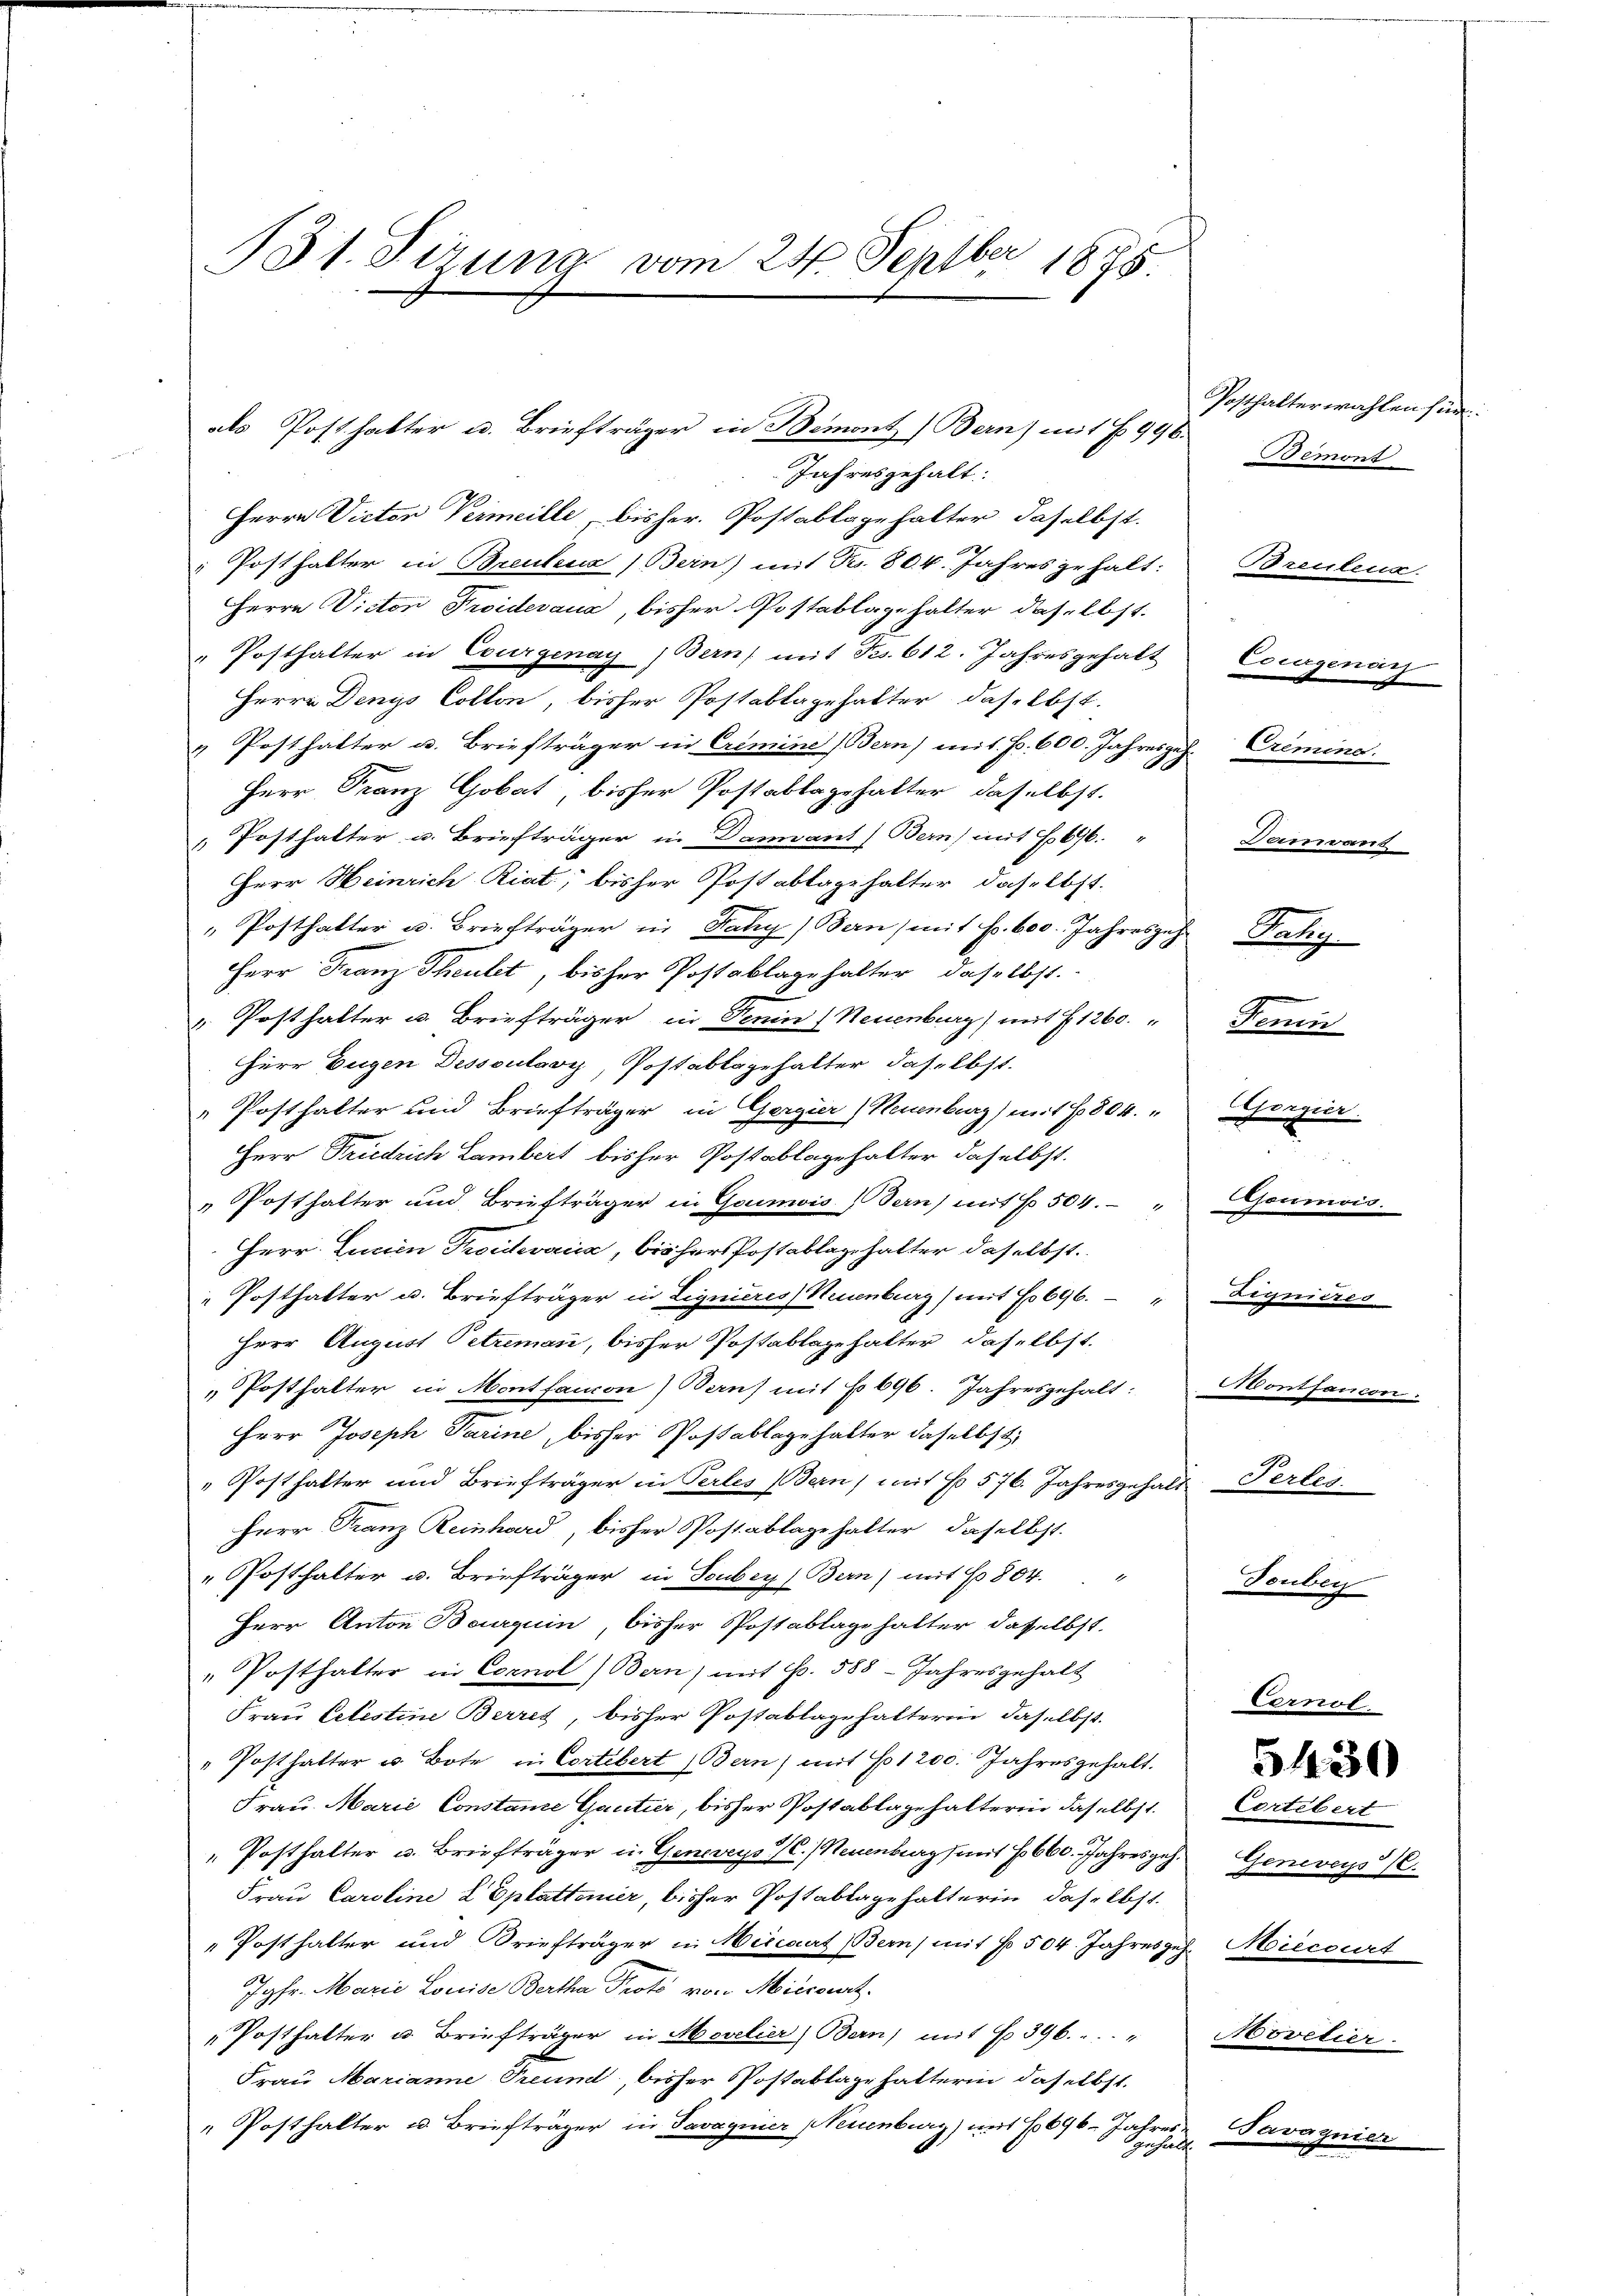
131. Jirung vom 24. Septber 1875

als Posthalter u. Briefträger in Bemont, Bern) mit § 996.
Jahresgehalt.
Herrn Victor Vermeille, bisher. Postablagehalter daselbst.
Posthalter in Brentenz Bern) mit Br. 804. Jahres gehalt: Brenteur.
Herrn Victor Proideraus, bisher Postablage halter daselbst.
„Posthalter in Courgenay, Bern mit Fr. 612. Jahresgehalt Courgenarz
Herrn Denys Collon, bisher Postablagehalter daselbst.
„ Posthalter u. Briefträger in Crimine Bern) mit Fr. 600. Jahresgeh. Crimina
Herr Franz Gobat, bisher Postablagehalter daselbst.
Posthalter u. Briefträger in Dannant Bern) mit H. 696. " Damvant
Herr Heinrich Riat, bisher Postablagehalter daselbst.
" Posthalter u. Briefträger in Dany (Bern, mit Fr. 600. Jahreszer Kalig
Herr Franz Theutet, bisher Postablagehalter, daselbst.
" Posthalter u. Briefträger in Tenin (Neuenburg) mit § 1260. Fenin
Herr Eugen Dessoulavy, Postablagehalter daselbst.
„Posthalter und Briefträger in Gerger) Neuenburg) mit 1804. " Gorgier
Herr Striedrich Lambert bisher Postablagehalter daselbst.
„ Posthalter und Briefträger in Goumis (Bern) mit § 504. " Goumois.
Herr Lunin Troidevoica, bisher Postablagehalter daselbst.
Posthalter u. Briefträger in Lignieres Neuenburg) mit No 696. " Dignieres
Herr August Petrimann, bisher Postablage halter daselbst.
„Posthalter in Montfancon) Bern mit No 696. Jahresgehalt: Montancon.
Herr Joseph Parine, bisher Postablage halter daselbst
„Posthalter und Briefträger in Perles Bern, mit No 576. Jahresgehalt
Herr Franz Reinhard, bisher Postablage halter daselbst.
„Posthalter u. Briefträger in Stuber (Bern) mit No 804. "
Herr Anton Banquin, bisher Postablage halter dasselbst.
" Posthalter in Cornol) Bern) mit Fr. 588 - Jahresgehalt
Frau Celestine Berret, bisher Postablagehalterin, daselbst.
" Posthalter u. Bote in Cortebert Bern) mit 1200. Jahresgehalt.
Frau Marie Constanze Gantier, bisher Postablage halterin daselbst. Cortebert
" Posthalter u. Briefträger in Geneveys (C. Neuenburg (mit 1660. Jahresges. Geneveys/C.
Frau Caroline 2 Eplattener, bisher Postablagehalterin, daselbst.
" Posthalter und Briefträger in Meccaat Bern mit No 504. Jahresgeh. Miecourt
Jgfr. Marie Louise Bertha Proto von Miccout.
"Posthalter u. Briefträger in Movelier Bern) mit § 396.  "  Movetier
Frau Marianne Freund, bisher Postablage halterin daselbst.
" Posthalter u. Briefträger in Savagnier Neuenburg) mit 696. Jahres Savaznid
anhalf.
3

Posthalterwahlen sin
Bemont

Pertes.
Touben

Cernol

5430